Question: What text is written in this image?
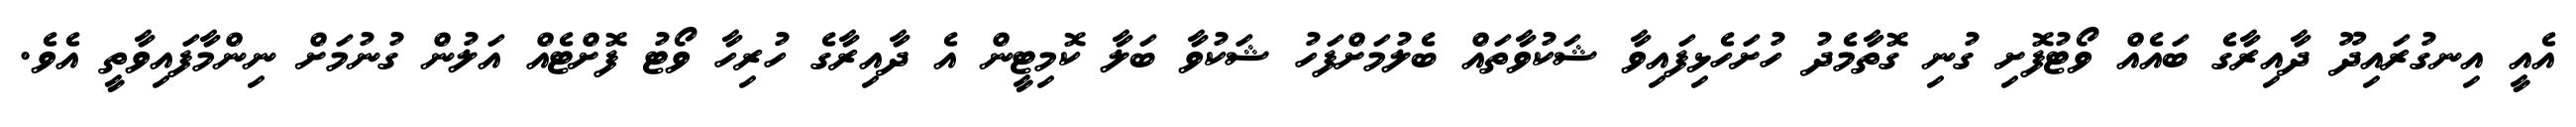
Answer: އެއީ އިނގުރައިދޫ ދާއިރާގެ ބައެއް ވޯޓުފޮށި ގުނި ގޮތާމެދު ހުށަހެޅިފައިވާ ޝަކުވާތައް ބެލުމަށްފަހު ޝަކުވާ ބަލާ ކޮމިޓީން އެ ދާއިރާގެ ހުރިހާ ވޯޓު ފޮށްޓެއް އަލުން ގުނުމަށް ނިންމާފައިވާތީ އެވެ.